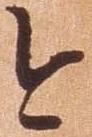
今